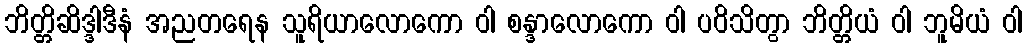
ဘိတ္တိဆိဒ္ဒါဒီနံ အညတရေန သူရိယာလောကော ဝါ စန္ဒာလောကော ဝါ ပဝိသိတွာ ဘိတ္တိယံ ဝါ ဘူမိယံ ဝါ